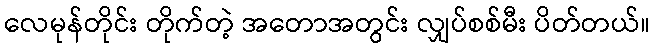
လေမုန်တိုင်း တိုက်တဲ့ အတောအတွင်း လျှပ်စစ်မီး ပိတ်တယ်။